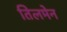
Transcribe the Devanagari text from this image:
तिलमेन